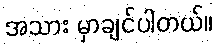
အသား မှာချင်ပါတယ်။